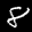
Label: 8